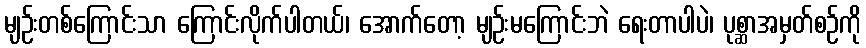
မျဉ်းတစ်ကြောင်းသာ ကြောင်းလိုက်ပါတယ်၊ အောက်တော့ မျဉ်းမကြောင်းဘဲ ရေးတာပါပဲ၊ ပုစ္ဆာအမှတ်စဉ်ကို